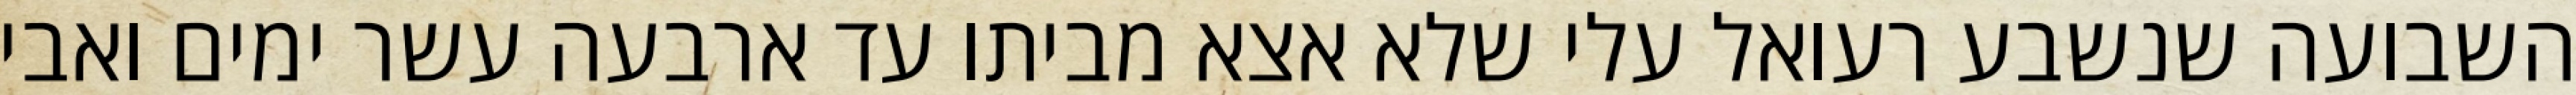
השבועה שנשבע רעואל עלי שלא אצא מביתו עד ארבעה עשר ימים ואבי